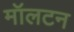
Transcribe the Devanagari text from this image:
मॉलटन